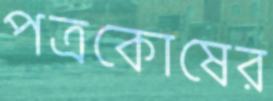
পত্রকোষের